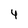
Character: 4